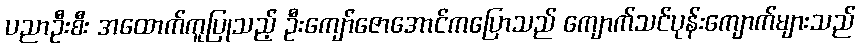
ပညာဦးစီး အထောက်ကူပြုသည့် ဦးကျော်ဇောအောင်ကပြောသည် ကျောက်သင်ပုန်းကျောက်များသည်